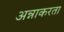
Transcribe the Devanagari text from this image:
अन्नाकरता